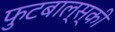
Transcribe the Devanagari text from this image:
फुटबाल्स्की